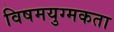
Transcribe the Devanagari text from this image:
विषमयुग्मकता